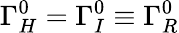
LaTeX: \Gamma_{H}^{0}=\Gamma_{I}^{0}\equiv\Gamma_{R}^{0}